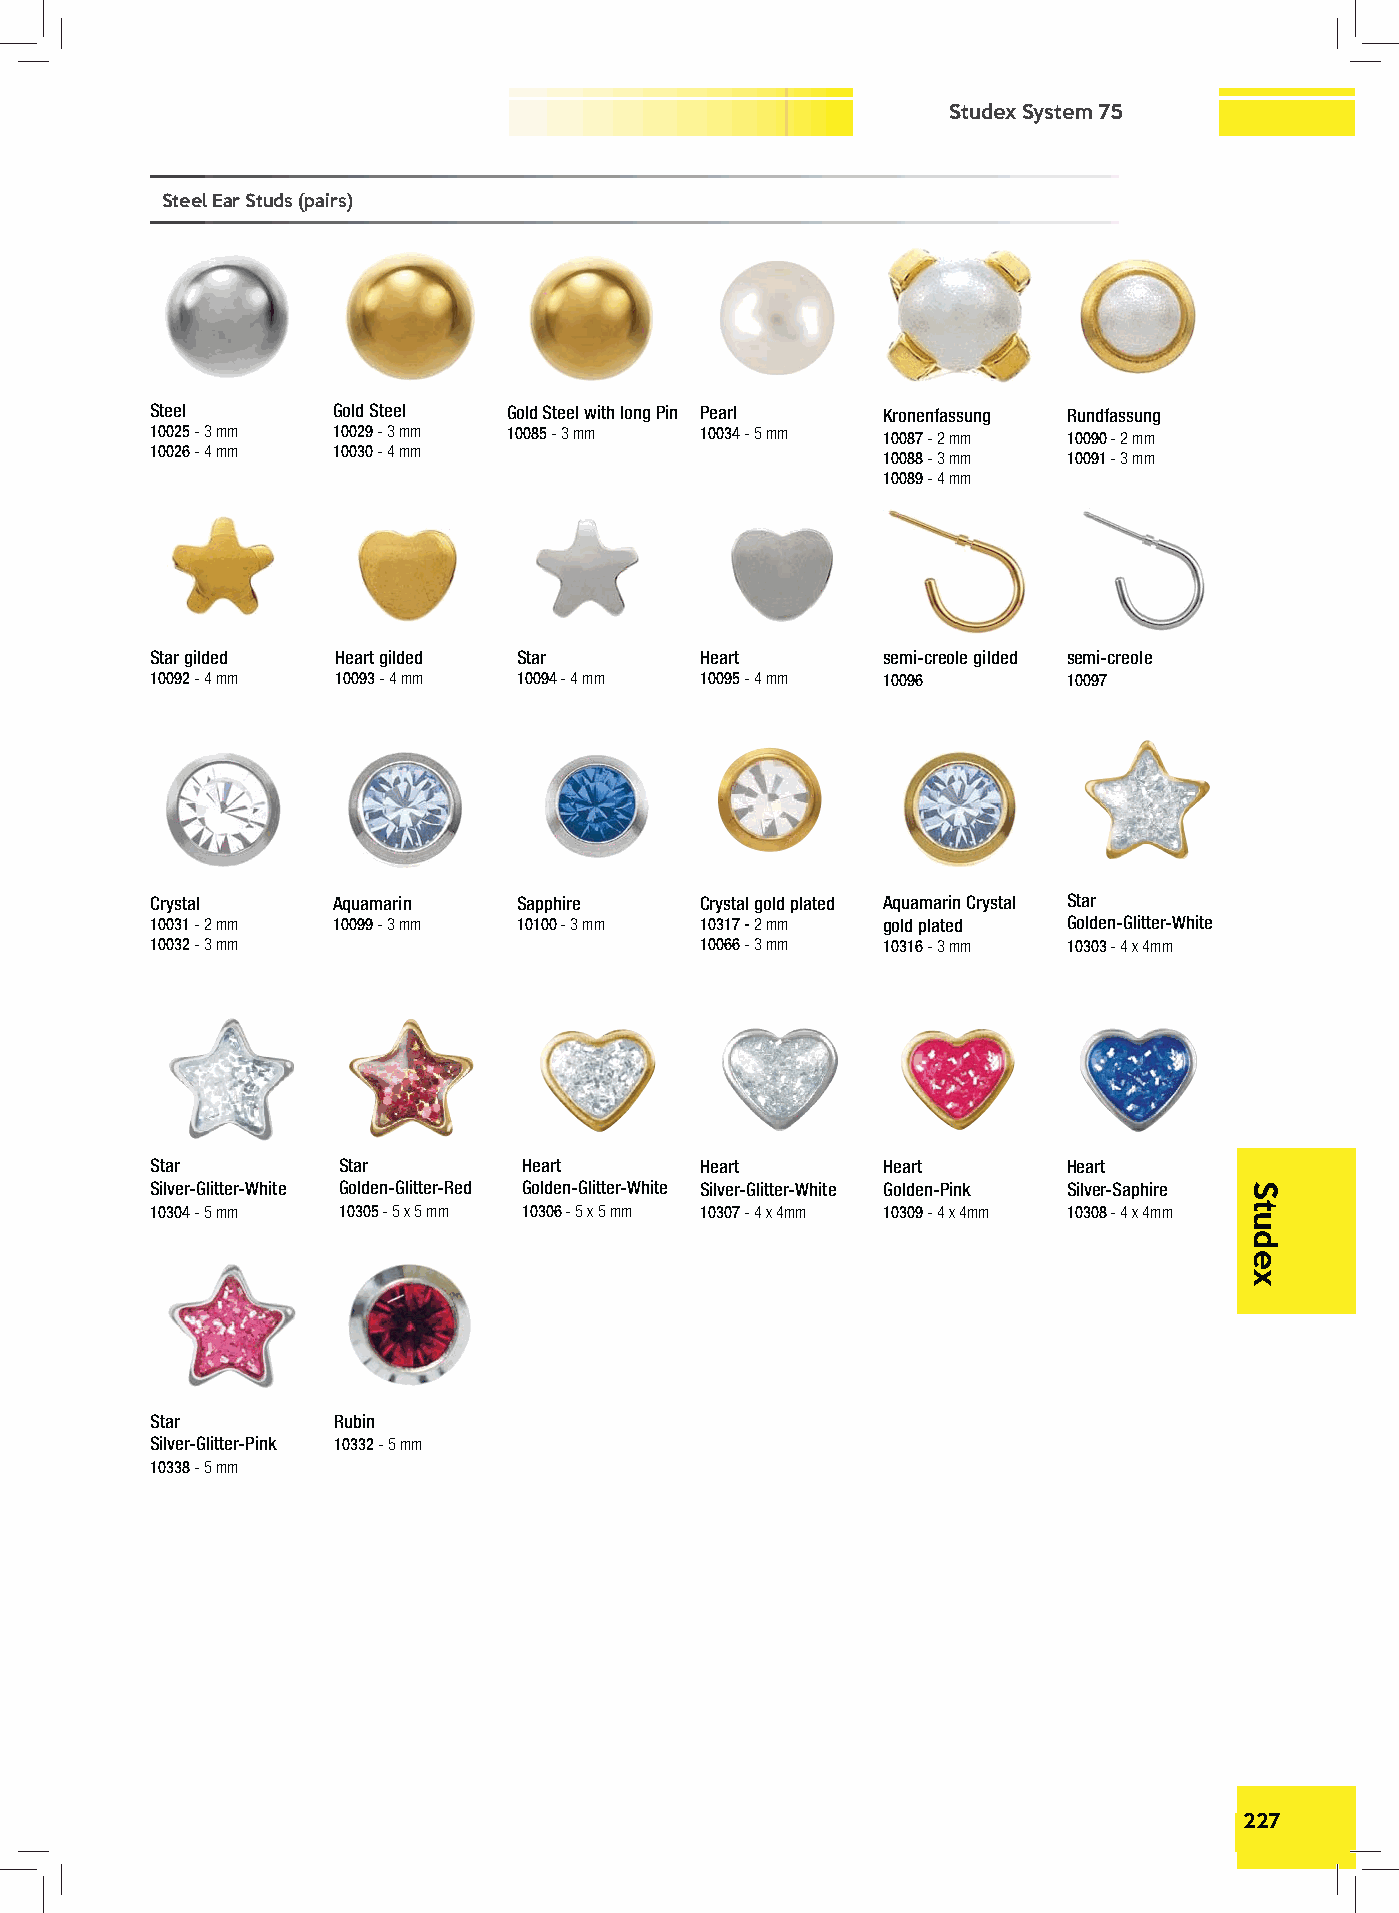
Studex System 75
 Steel Ear Studs (pairs)
 Steel       Gold Steel  Gold Steel with long Pin Pearl Kronenfassung Rundfassung
 10025 - 3 mm 10029 - 3 mm 10085 - 3 mm 10034 - 5 mm 10087 - 2 mm 10090 - 2 mm
 10026 - 4 mm 10030 - 4 mm
 10088 - 3 mm 10091 - 3 mm
 10089 - 4 mm
 Star gilded Heart gilded Star       Heart       semi-creole gilded semi-creole
 10092 - 4 mm 10093 - 4 mm 10094 - 4 mm 10095 - 4 mm 10096    10097
 Crystal     Aquamarin   Sapphire    Crystal gold plated Aquamarin Crystal Star
 10031 - 2 mm 10099 - 3 mm 10100 - 3 mm 10317 - 2 mm gold plated Golden-Glitter-White
 10032 - 3 mm                        10066 - 3 mm 10316 - 3 mm 10303 - 4 x 4mm
 Star        Star         Heart      Heart       Heart        Heart
 Silver-Glitter-White Golden-Glitter-Red Golden-Glitter-White Silver-Glitter-White Golden-Pink Silver-Saphire
 10304 - 5 mm 10305 - 5 x 5 mm 10306 - 5 x 5 mm 10307 - 4 x 4mm 10309 - 4 x 4mm 10308 - 4 x 4mm
 Star        Rubin
 Silver-Glitter-Pink 10332 - 5 mm
 10338 - 5 mm
 227
 Studex